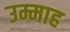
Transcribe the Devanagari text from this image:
उम्माह